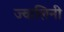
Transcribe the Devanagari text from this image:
ज्वालिनी